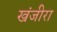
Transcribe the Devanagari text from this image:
खंजीरा